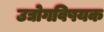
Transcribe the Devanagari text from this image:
उद्योगविषयक